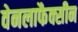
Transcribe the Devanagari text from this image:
वेनलाफैक्सीन